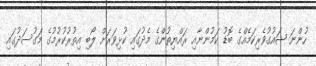
ހުންނަ ޝައުގުވެރިކަމެއްގެ ބޮޑު ކަމުންނާއި ރައްޔިތުންގެ މެދުގައި ކުޅިވަރަށް ލޯބި އިތުރުކުރުމުގެ މަގުސަދުގައި